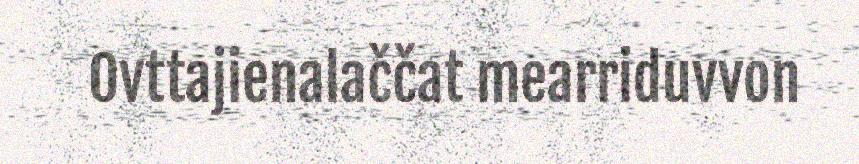
Ovttajienalaččat mearriduvvon